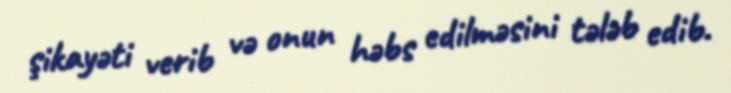
şikayəti verib və onun həbs edilməsini tələb edib.